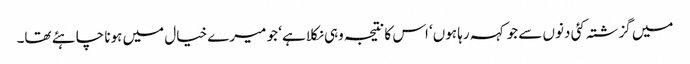
میں گزشتہ کئی دنوں سے جو کہہ رہا ہوں‘ اس کا نتیجہ وہی نکلا ہے‘ جو میرے خیال میں ہونا چاہئے تھا۔